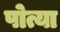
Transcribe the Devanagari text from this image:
पोत्या